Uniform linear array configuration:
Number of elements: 64
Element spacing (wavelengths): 0.25
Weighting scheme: blackman
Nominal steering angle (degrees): -30
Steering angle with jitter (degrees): -29.347
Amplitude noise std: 0.05
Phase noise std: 0.05

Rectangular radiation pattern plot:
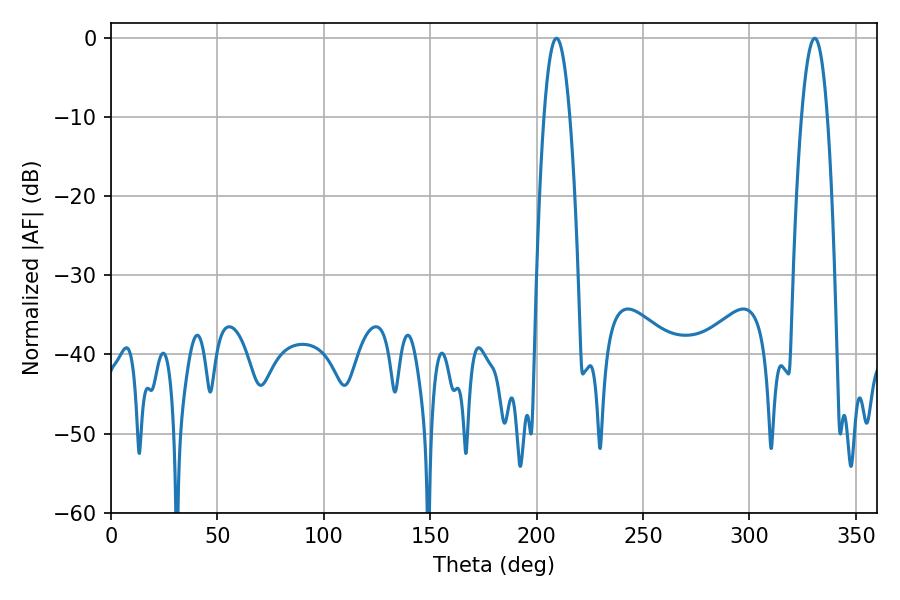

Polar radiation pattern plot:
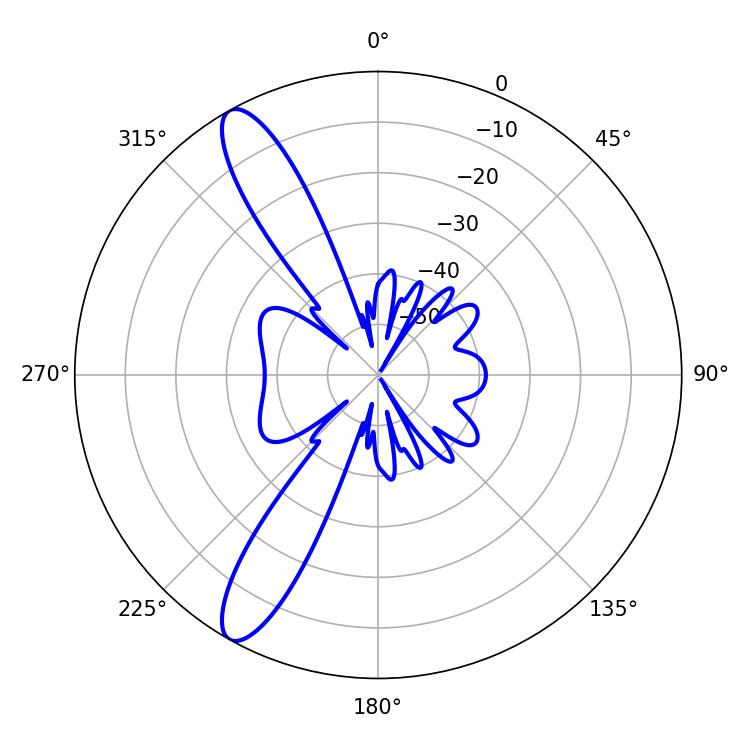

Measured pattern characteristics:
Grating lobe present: FALSE
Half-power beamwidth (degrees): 6.66
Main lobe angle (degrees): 209.34